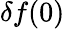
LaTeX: \delta f(0)